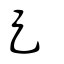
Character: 足